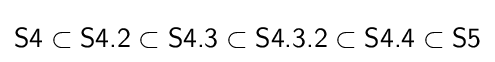
{\textsf {S4}}\subset {\textsf {S4.2}}\subset {\textsf {S4.3}}\subset {\textsf {S4.3.2}}\subset {\textsf {S4.4}}\subset {\textsf {S5}}